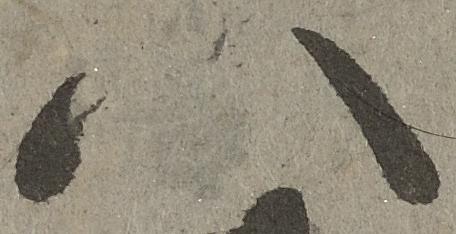
八